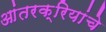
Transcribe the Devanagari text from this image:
आंतरक्रियांचे